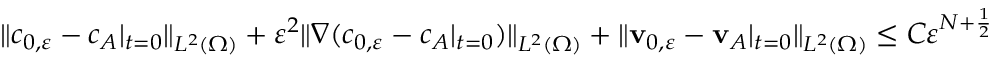
\| c _ { 0 , \ensuremath { \varepsilon } } - c _ { A } | _ { t = 0 } \| _ { L ^ { 2 } ( \Omega ) } + \varepsilon ^ { 2 } \| \nabla ( c _ { 0 , \ensuremath { \varepsilon } } - c _ { A } | _ { t = 0 } ) \| _ { L ^ { 2 } ( \Omega ) } + \| \mathbf { v } _ { 0 , \ensuremath { \varepsilon } } - \mathbf { v } _ { A } | _ { t = 0 } \| _ { L ^ { 2 } ( \Omega ) } \leq C \ensuremath { \varepsilon } ^ { N + \frac 1 2 }